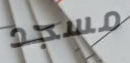
مسجد